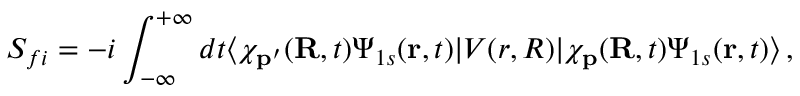
S _ { f i } = - i \int _ { - \infty } ^ { + \infty } d t \langle \chi _ { \mathbf { p ^ { \prime } } } ( \mathbf { R } , t ) \Psi _ { 1 s } ( \mathbf { r } , t ) | V ( r , R ) | { \chi } _ { \mathbf { p } } ( \mathbf { R } , t ) \Psi _ { 1 s } ( \mathbf { r } , t ) \rangle \, ,